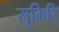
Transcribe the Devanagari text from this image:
सुमिरि